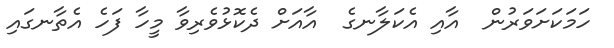
ހަމަކަށަވަރުން  އާއި އެކަލާނގެ  އާއަށް ދެކޮޅުވެރިވާ މީހާ ފަހެ އެތާނގައި